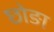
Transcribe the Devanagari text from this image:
छोङा